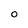
Character: O